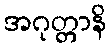
အဂုတ္တာနိ